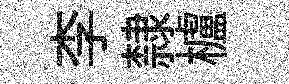
李隸櫨